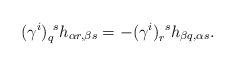
LaTeX: \begin{align*}(\gamma^i)_{q}^{~s}h_{\alpha r,\beta s}=-(\gamma^i)_{r}^{~s}h_{\beta q,\alpha s}.\end{align*}